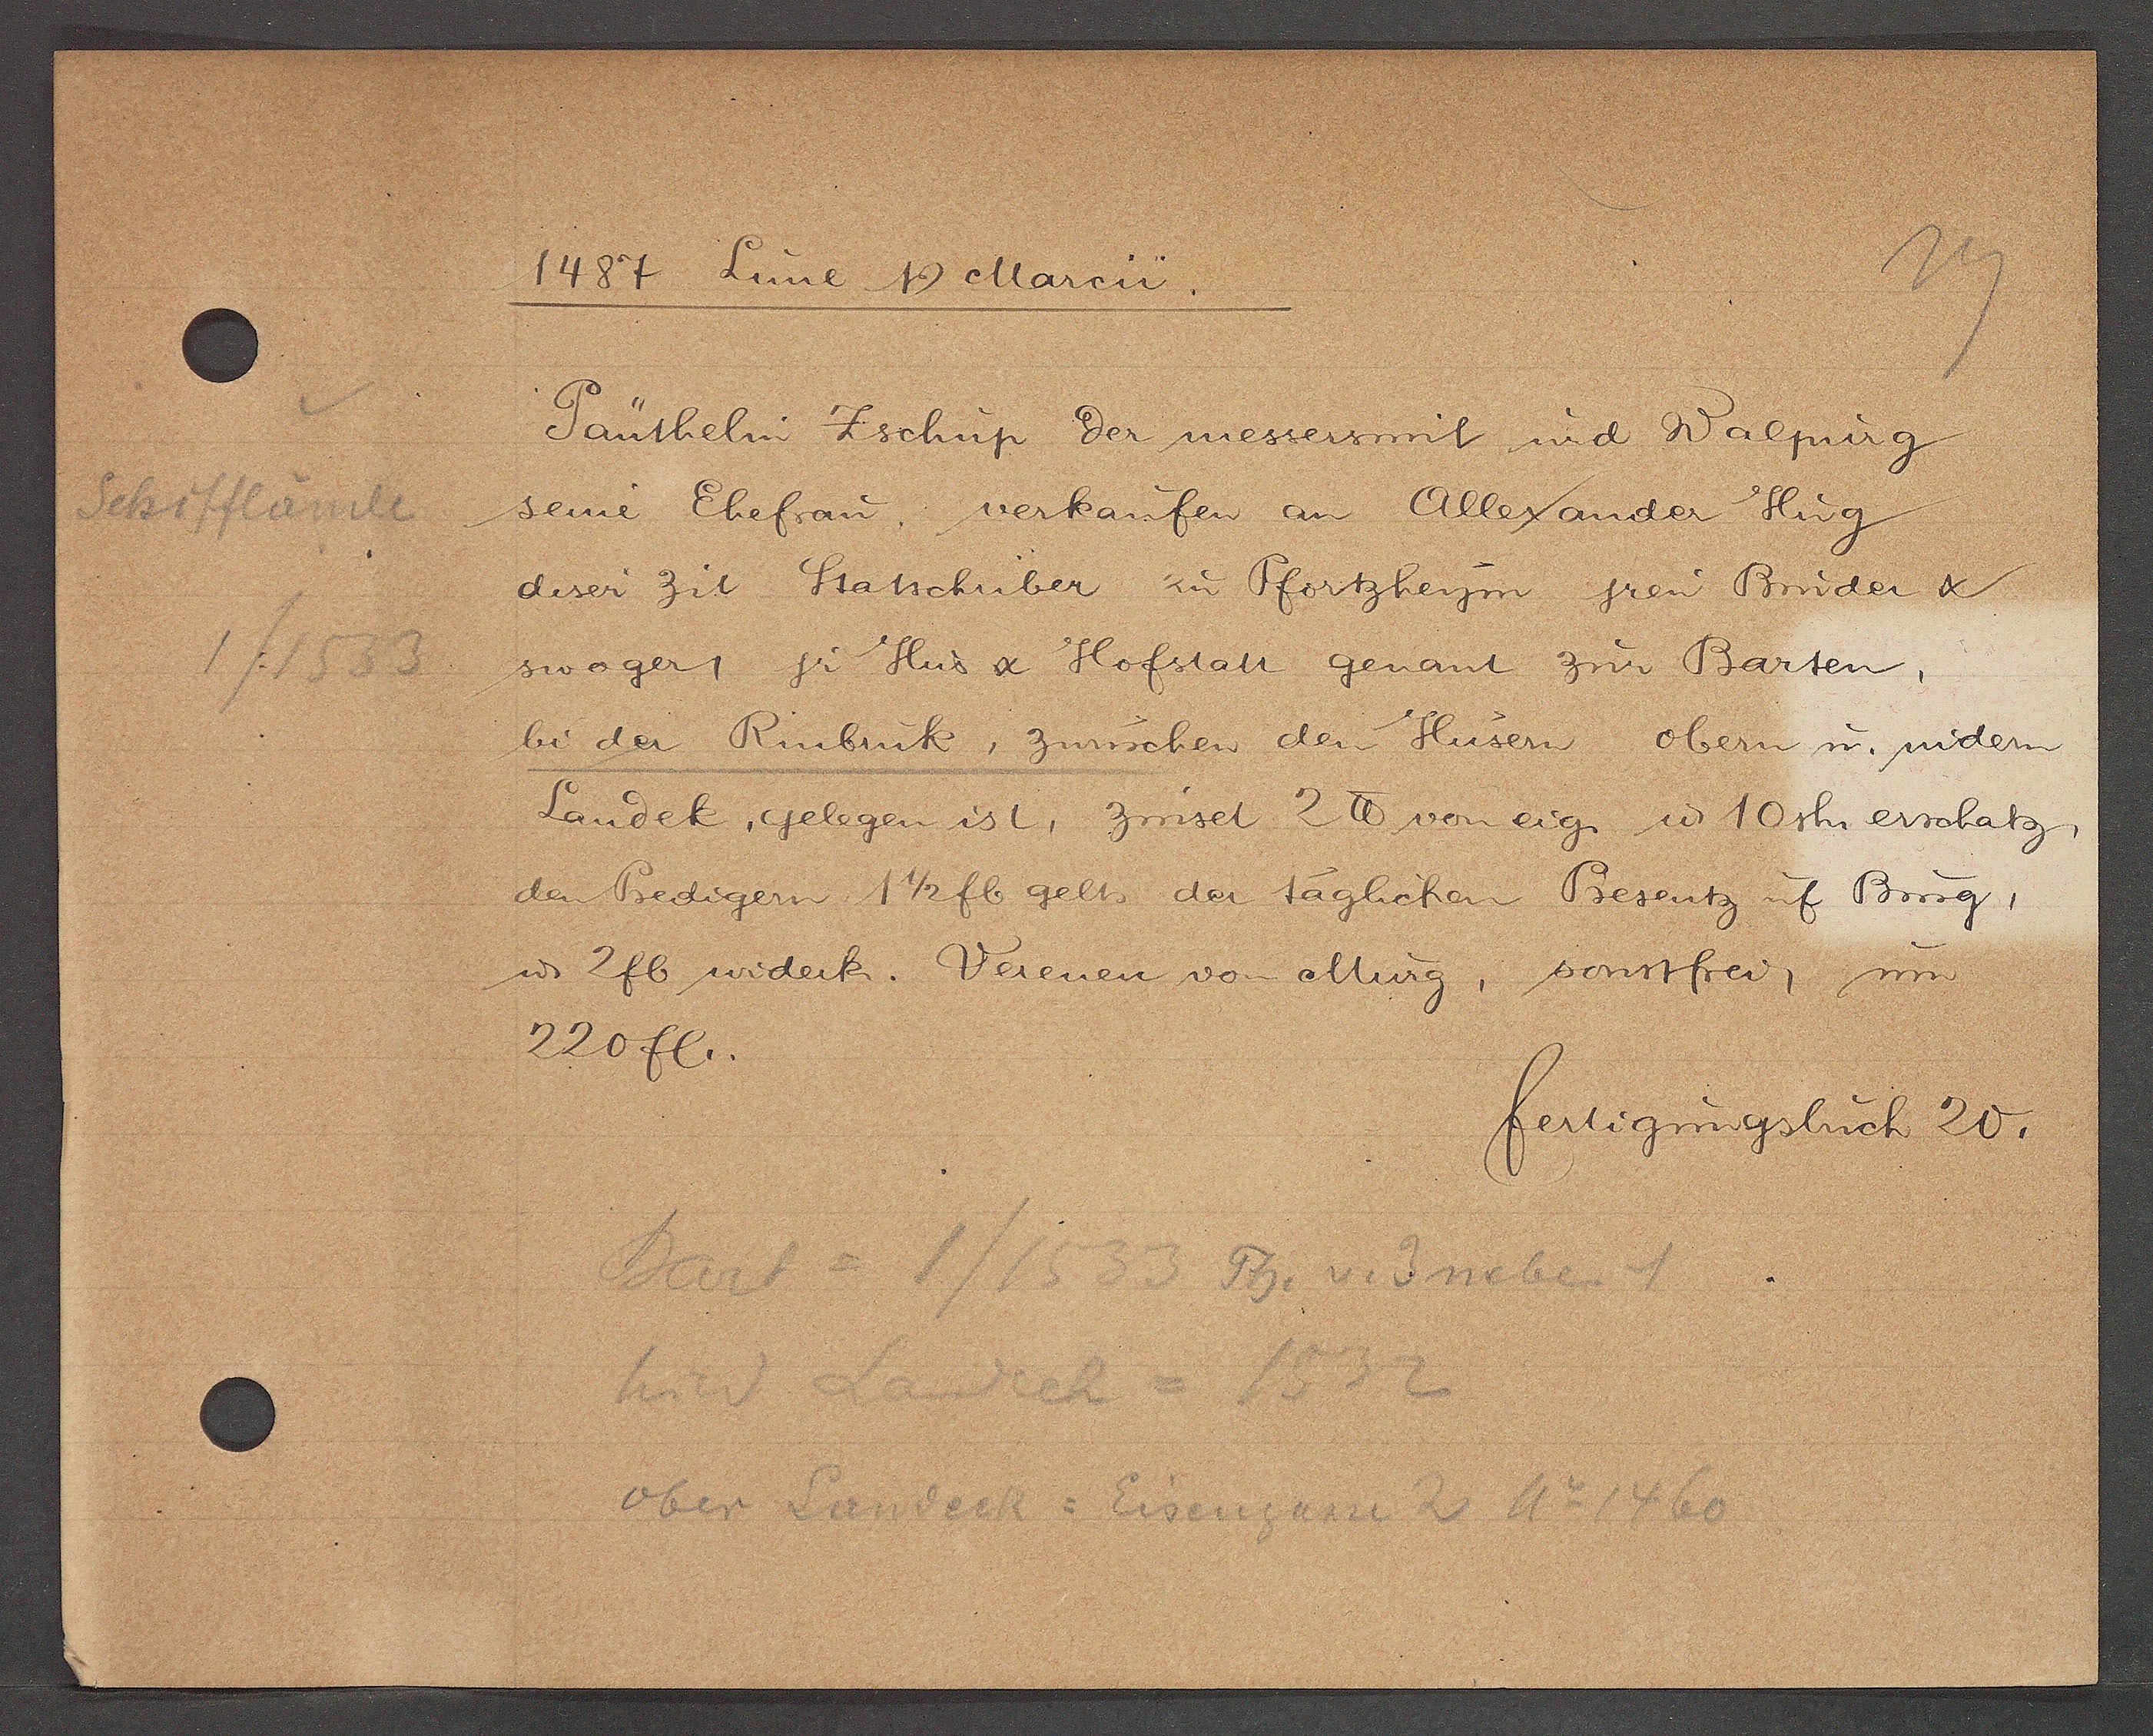
Transcript:
Schifflände
1/1533

1487 Lune Ƿ Marcii.

Pänthelin Zschup der messersmit und Walpurg
seine Ehefrau, verkaufen an Allexander Hug
deser Zit Statschriber zu Pfortzheym jrem Bruder &
swager, jr Hus & Hofstatt genant zum Barten,
bi der Rinbruk, zwüschen den Hüsern obern u. nidern
Landek, gelegen ist, zinset 2 ℔ von eig. u 10 sh erschatz,
den Predigern 1 1/2 fl gelts der taglichen Presentz uf Burg,
u. 2fl widerk. Verenen von Murg, sonstfrei, um
220 fl.

fertigungsbuch 20.

Bart = 1/1533 Th. v. 3 neben 1
hind Landeck = 1532
ober Landeck = Eisengasse 2 Ao 1460